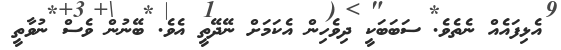
އެޅިފައެއް ނެތެވެ. ސަބަބަކީ ދިވެހިން އެކަމަށް ނޭދޭތީ އެވެ. ބޭނުން ވެސް ނުވާތީ